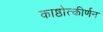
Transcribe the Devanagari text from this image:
काष्ठोत्कीर्णन